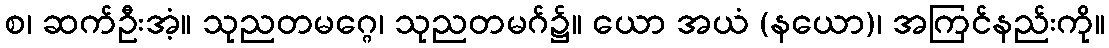
စ၊ ဆက်ဦးအံ့။ သုညတမဂ္ဂေ၊ သုညတမဂ်၌။ ယော အယံ (နယော)၊ အကြင်နည်းကို။